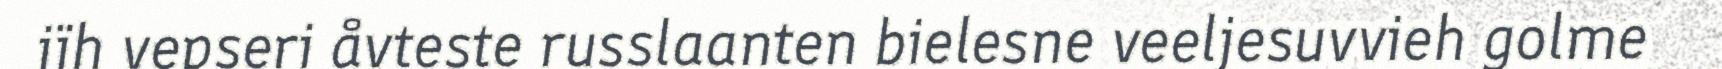
jïh vepseri åvteste russlaanten bielesne veeljesuvvieh golme